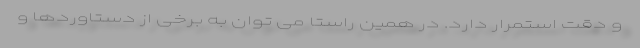
و دقت استمرار دارد. در همین راستا می توان به برخی از دستاوردها و